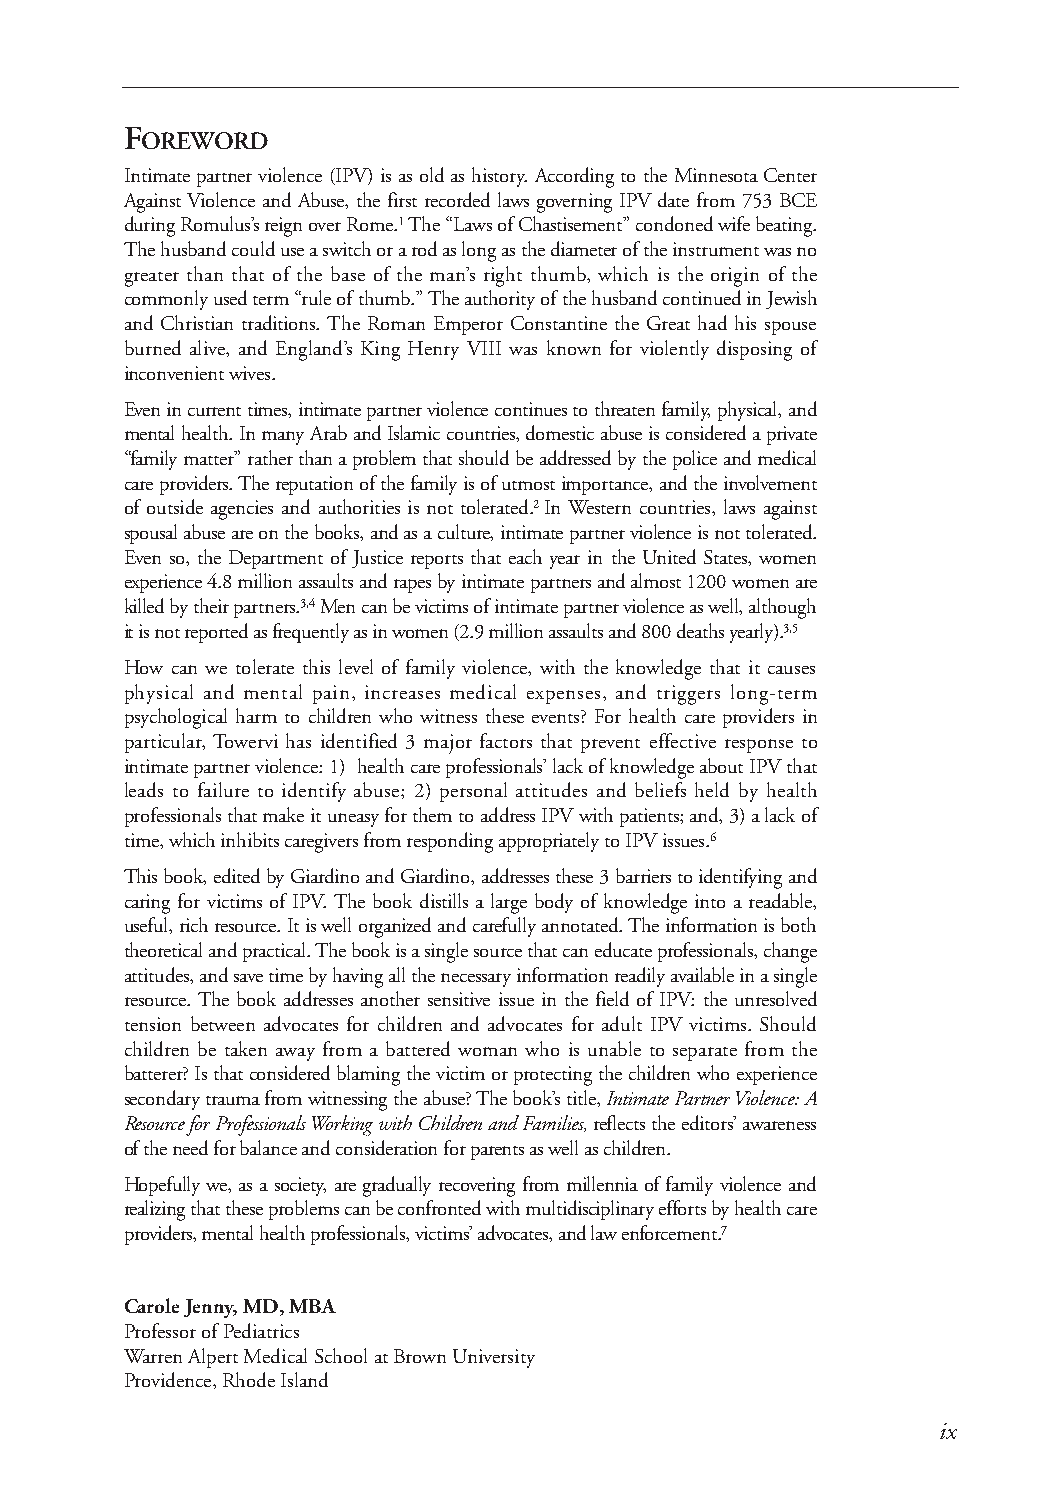
FOREWORD
 Intimate partner violence (IPV) is as old as history. According to the Minnesota Center
 Against Violence and Abuse, the first recorded laws governing IPV date from 753 BCE
 during Romulus’s reign over Rome.1The “Laws of Chastisement” condoned wife beating.
 Thehusband could use a switch or a rod as long as the diameter of the instrument was no
 greater than that of the base of the man’s right thumb, which is the origin of the
 commonly used term “rule of thumb.” The authority of the husband continued in Jewish
 and Christian traditions. The Roman Emperor Constantine the Great had his spouse
 burned alive, and England’s King Henry VIII was known for violently disposing of
 inconvenient wives.
 Even in current times, intimate partner violence continues to threaten family, physical, and
 mental health. In many Arab and Islamic countries, domestic abuse is considered a private
 “family matter” rather than a problem that should be addressed by the police and medical
 care providers. The reputation of the family is of utmost importance, and the involvement
 of outside agencies and authorities is not tolerated.2In Western countries, laws against
 spousal abuse are on the books, and as a culture, intimate partner violence is not tolerated.
 Even so, the Department of Justice reports that each year in the United States, women
 experience 4.8 million assaults and rapes by intimate partners and almost 1200 women are
 killed bytheir partners.3,4Men can be victims of intimate partner violence as well, although
 it is not reported as frequently as in women (2.9 million assaults and 800 deaths yearly).3,5
 How can we tolerate this level of family violence, with the knowledge that it causes
 physical and mental pain, increases medical expenses, and triggers long-term
 psychological harm to children who witness these events? For health care providers in
 particular, Towervi has identified 3 major factors that prevent effective response to
 intimate partner violence: 1) health care professionals’ lack of knowledge about IPV that
 leads to failure to identify abuse; 2) personal attitudes and beliefs held by health
 professionals that make it uneasy for them to address IPV with patients; and, 3) a lack of
 time, which inhibits caregivers from responding appropriately to IPV issues.6
 This book, edited by Giardino and Giardino, addresses these 3 barriers to identifying and
 caring for victims of IPV.The book distills a large body of knowledge into a readable,
 useful, rich resource. Itis well organized and carefully annotated. The information is both
 theoretical and practical. The book is a single source that can educate professionals, change
 attitudes, and save time by having all the necessary information readily available in a single
 resource. The book addresses another sensitive issue in the field of IPV: the unresolved
 tension between advocates for children and advocates for adult IPV victims. Should
 children be taken away from a battered woman who is unable to separate from the
 batterer? Is that considered blaming the victim or protecting the children who experience
 secondarytrauma from witnessing the abuse? The book’stitle, Intimate Partner Violence: A
 Resource for Professionals Working with Children and Families,reflects the editors’ awareness
 of the need for balance and consideration for parents as well as children.
 Hopefully we, as a society, are gradually recovering from millennia of family violence and
 realizing that these problems can be confronted with multidisciplinaryefforts by health care
 providers, mental health professionals, victims’ advocates, and law enforcement.7
 Carole Jenny, MD, MBA
 Professor of Pediatrics
 Warren Alpert Medical School at Brown University
 Providence, Rhode Island
 ix